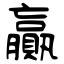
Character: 贏